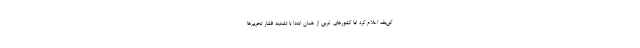
کی‌‌یف اعلام کرد اما کشورهای غربی از همان ابتدا با تشدید فشار تحریم‌ها